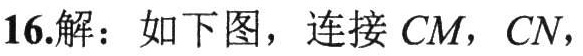
16.解：如下图，连接 \(CM\)，\(CN\)，